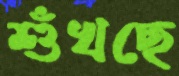
শুঁখছে